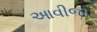
આવીજા